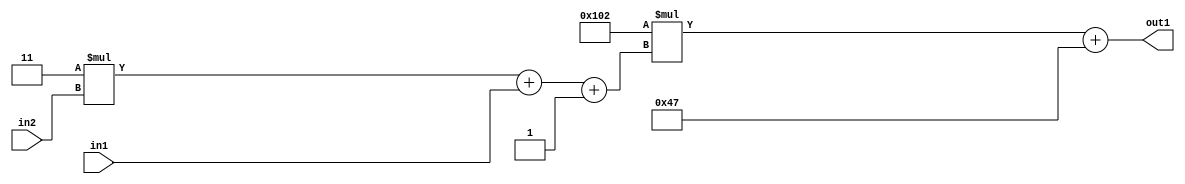
`timescale 1ps / 1ps
/*****************************************************************************
    Verilog RTL Description
    
    
    Created by: Stratus DpOpt 2019.1.01 
*******************************************************************************/

module DC_Filter_Add2i71Mul2i258Add3i1u1Mul2i3u2_4 (
	in2,
	in1,
	out1
	); /* architecture "behavioural" */ 
input [1:0] in2;
input  in1;
output [11:0] out1;
wire [11:0] asc001;
wire [3:0] asc002;

wire [3:0] asc002_tmp_0;
wire [3:0] asc002_tmp_1;
assign asc002_tmp_1 = 
	+(4'B0011 * in2);
assign asc002_tmp_0 = asc002_tmp_1
	+(in1);
assign asc002 = asc002_tmp_0
	+(4'B0001);

wire [11:0] asc001_tmp_2;
assign asc001_tmp_2 = 
	+(12'B000100000010 * asc002);
assign asc001 = asc001_tmp_2
	+(12'B000001000111);

assign out1 = asc001;
endmodule

/* CADENCE  vrP3Tgk= : u9/ySgnWtBlWxVPRXgAZ4Og= ** DO NOT EDIT THIS LINE ******/